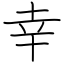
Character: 幸